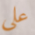
علي